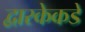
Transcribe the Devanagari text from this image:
द्वारकेकडे